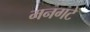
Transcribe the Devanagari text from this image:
मनगटे